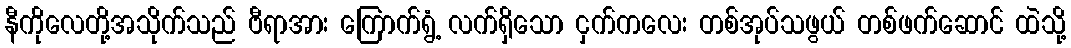
နီကိုလေတို့အသိုက်သည် ဗီရာအား ကြောက်ရွံ့ လက်ရှိသော ငှက်ကလေး တစ်အုပ်သဖွယ် တစ်ဖက်ဆောင် ထဲသို့